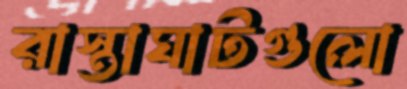
রাস্তাঘাটগুলো